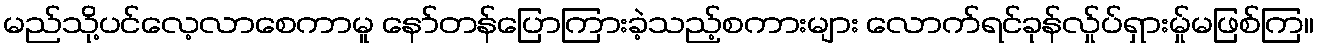
မည်သို့ပင်လေ့လာစေကာမူ နော်တန်ပြောကြားခဲ့သည့်စကားများ လောက်ရင်ခုန်လ်ှုပ်ရှားမ်ှုမဖြစ်ကြ။